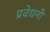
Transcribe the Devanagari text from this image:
प्रवेधनी